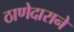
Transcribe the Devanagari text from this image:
ठाणेदाराने